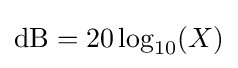
{\text{dB}}=20\log _{10}(X)